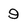
Character: 9